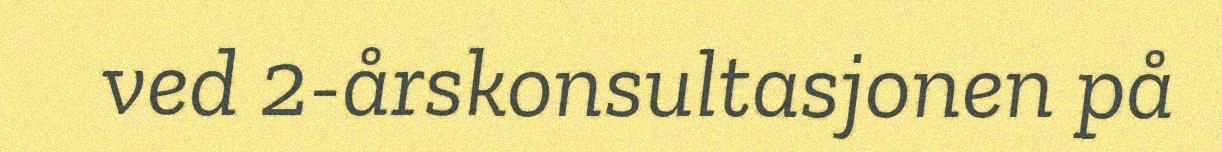
ved 2-årskonsultasjonen på